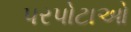
પરપોટાઓ